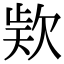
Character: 𣢸